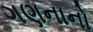
ગણનાનો